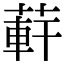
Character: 蓒